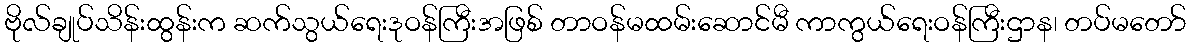
ဗိုလ်ချုပ်သိန်းထွန်းက ဆက်သွယ်ရေးဒုဝန်ကြီးအဖြစ် တာဝန်မထမ်းဆောင်မီ ကာကွယ်ရေးဝန်ကြီးဌာန၊ တပ်မတော်